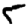
Digit: 5